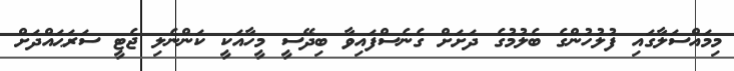
މިމައްސަލާގައި ފުލުހުންގެ ބެލުމުގެ ދަށަށް ގެނެސްފައިވާ ބިދޭސީ މީހާއަކީ ކަންނެލި ޖެޓީ ސަރަޙައްދަށް